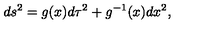
d s ^ { 2 } = g ( x ) d \tau ^ { 2 } + g ^ { - 1 } ( x ) d x ^ { 2 } ,